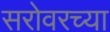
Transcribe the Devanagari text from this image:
सरोवरच्या